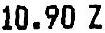
10.90 Z